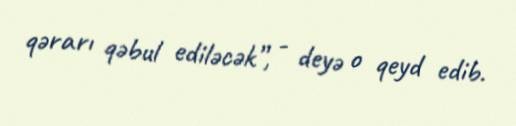
qərarı qəbul ediləcək”, - deyə o qeyd edib.